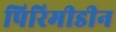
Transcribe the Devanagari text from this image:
पिरिमीडीन